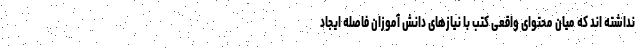
نداشته اند که میان محتوای واقعی کتب با نیازهای دانش آموزان فاصله ایجاد